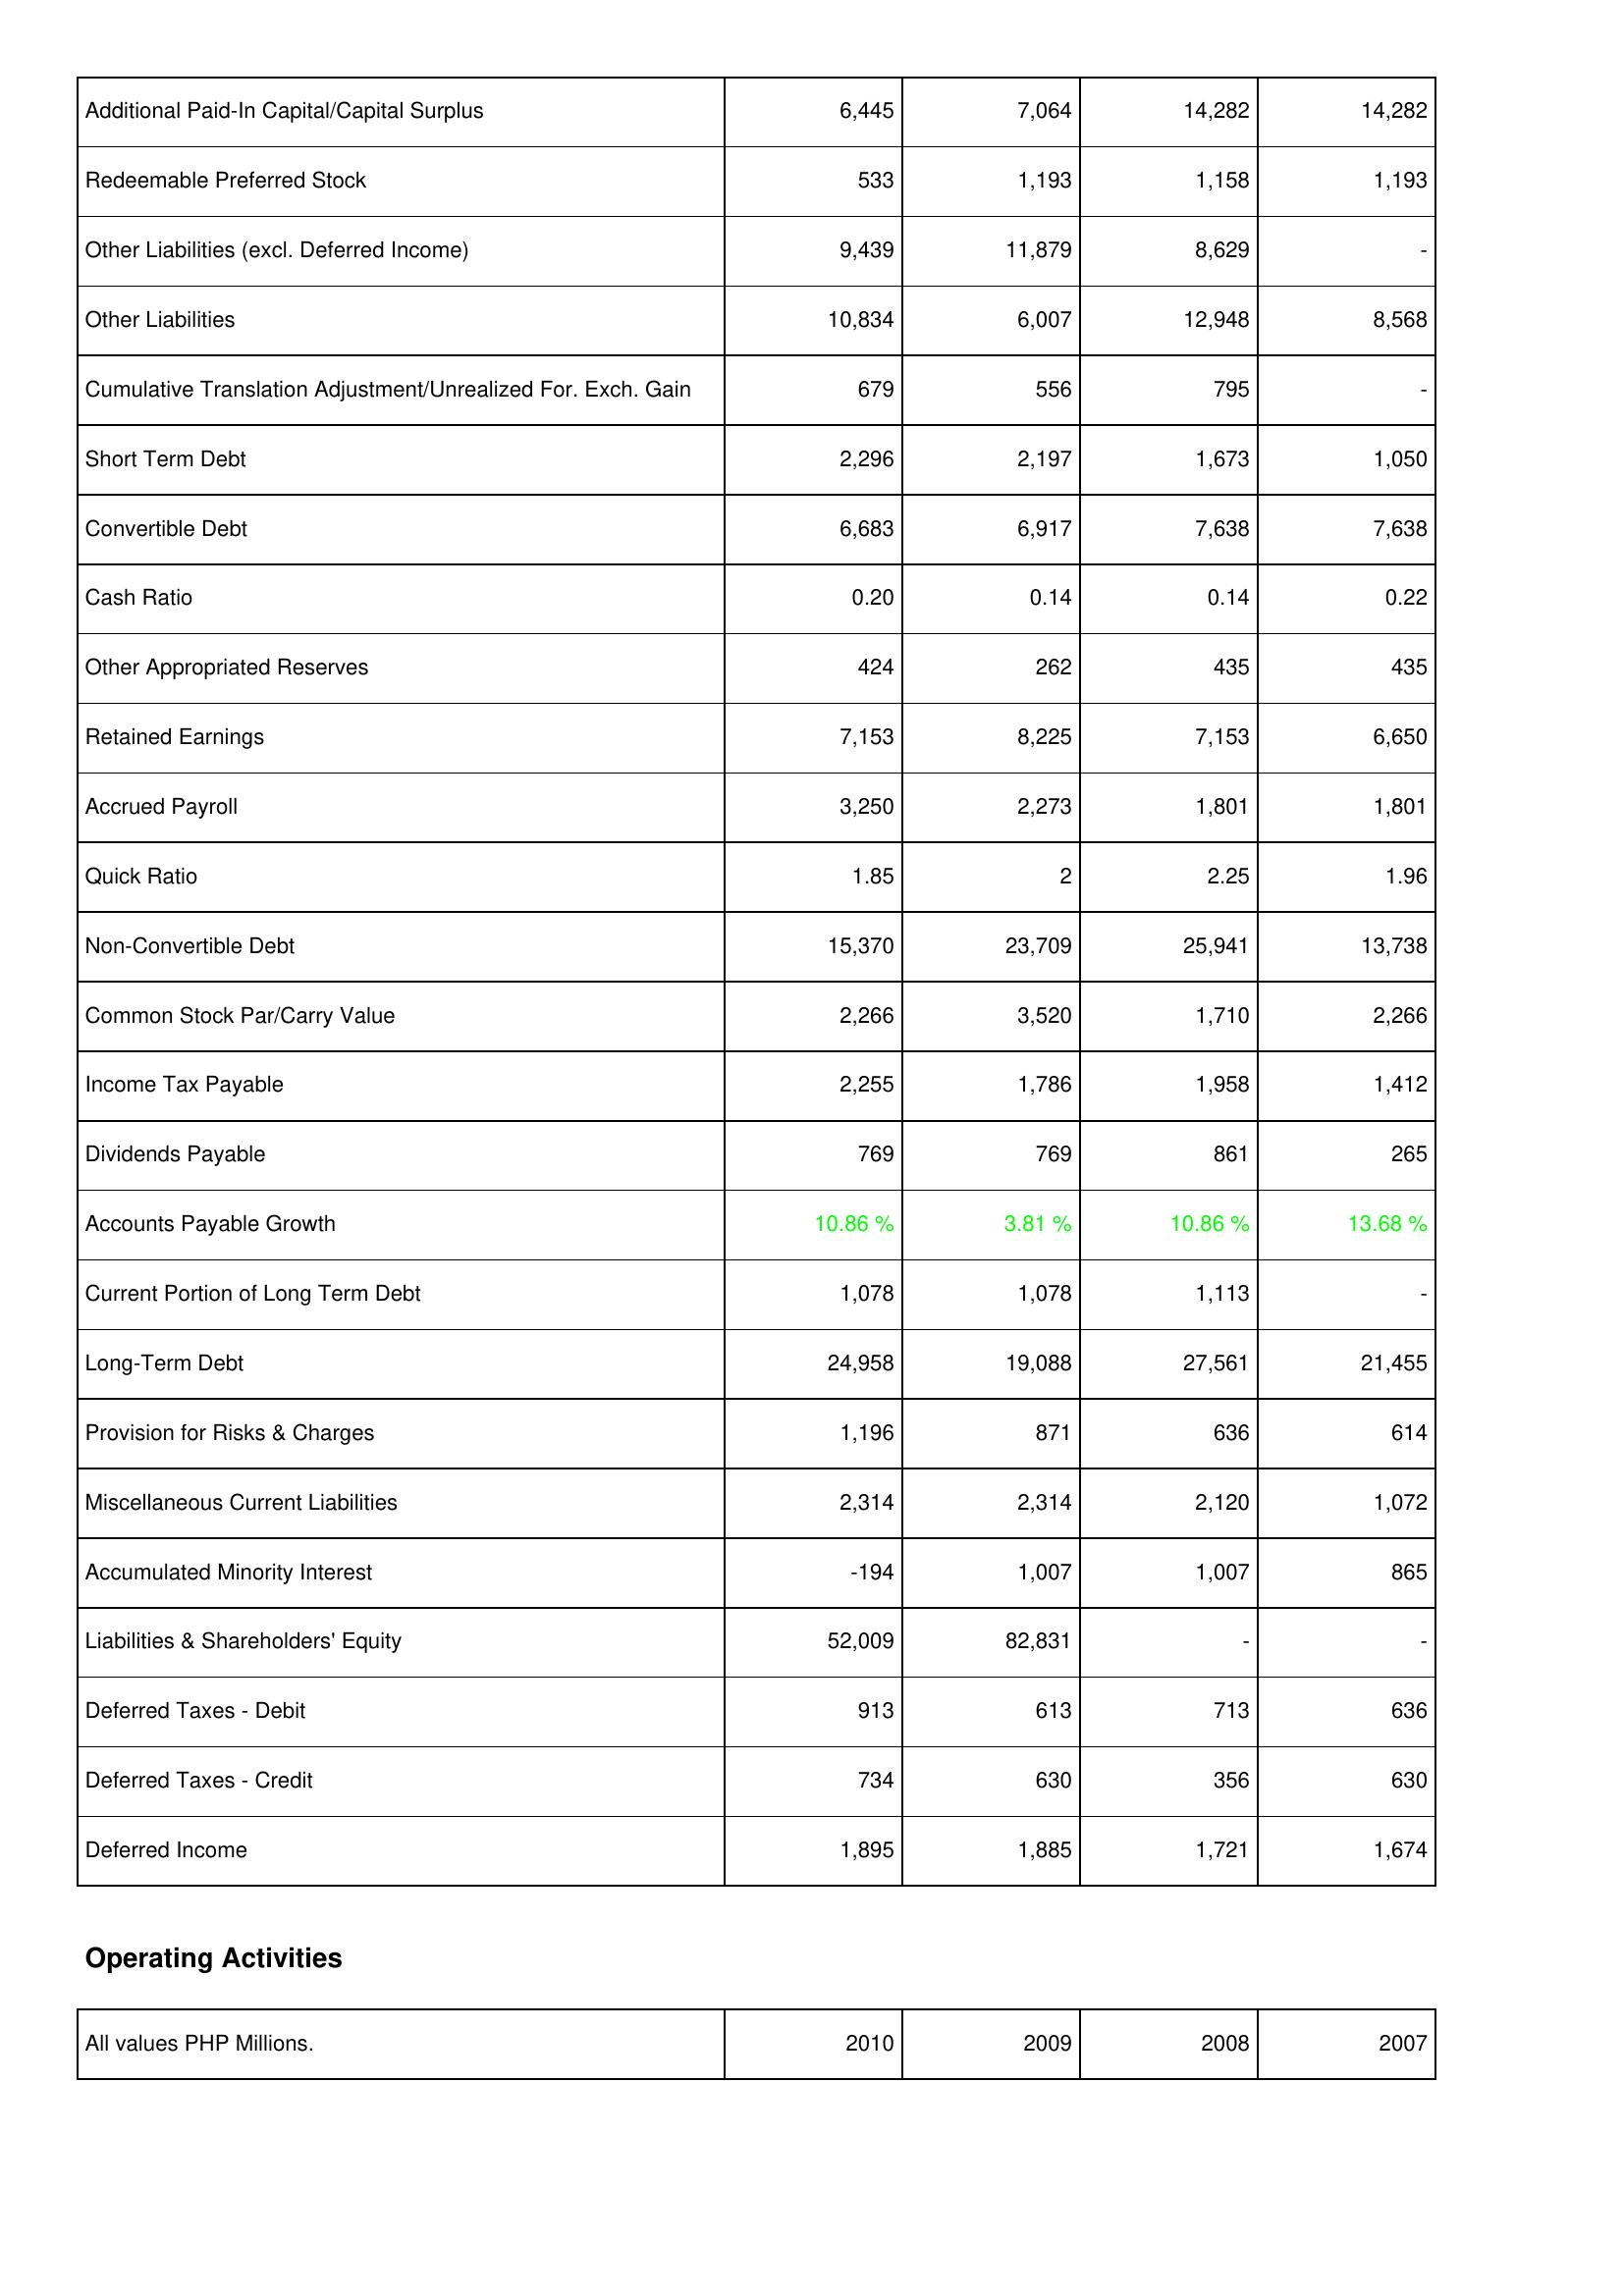
2010: Liabilities & Shareholders' Equity: Additional Paid-In Capital/Capital Surplus: 6,445
Redeemable Preferred Stock: 533
Other Liabilities (excl. Deferred Income): 9,439
Other Liabilities: 10,834
Cumulative Translation Adjustment/Unrealized For. Exch. Gain: 679
Short Term Debt: 2,296
Convertible Debt: 6,683
Cash Ratio: 0.20
Other Appropriated Reserves: 424
Retained Earnings: 7,153
Accrued Payroll: 3,250
Quick Ratio: 1.85
Non-Convertible Debt: 15,370
Common Stock Par/Carry Value: 2,266
Income Tax Payable: 2,255
Dividends Payable: 769
Accounts Payable Growth: 10.86 %
Current Portion of Long Term Debt: 1,078
Long-Term Debt: 24,958
Provision for Risks & Charges: 1,196
Miscellaneous Current Liabilities: 2,314
Accumulated Minority Interest: -194
Liabilities & Shareholders' Equity: 52,009
Deferred Taxes - Debit: 913
Deferred Taxes - Credit: 734
Deferred Income: 1,895
2009: Liabilities & Shareholders' Equity: Additional Paid-In Capital/Capital Surplus: 7,064
Redeemable Preferred Stock: 1,193
Other Liabilities (excl. Deferred Income): 11,879
Other Liabilities: 6,007
Cumulative Translation Adjustment/Unrealized For. Exch. Gain: 556
Short Term Debt: 2,197
Convertible Debt: 6,917
Cash Ratio: 0.14
Other Appropriated Reserves: 262
Retained Earnings: 8,225
Accrued Payroll: 2,273
Quick Ratio: 2
Non-Convertible Debt: 23,709
Common Stock Par/Carry Value: 3,520
Income Tax Payable: 1,786
Dividends Payable: 769
Accounts Payable Growth: 3.81 %
Current Portion of Long Term Debt: 1,078
Long-Term Debt: 19,088
Provision for Risks & Charges: 871
Miscellaneous Current Liabilities: 2,314
Accumulated Minority Interest: 1,007
Liabilities & Shareholders' Equity: 82,831
Deferred Taxes - Debit: 613
Deferred Taxes - Credit: 630
Deferred Income: 1,885
2008: Liabilities & Shareholders' Equity: Additional Paid-In Capital/Capital Surplus: 14,282
Redeemable Preferred Stock: 1,158
Other Liabilities (excl. Deferred Income): 8,629
Other Liabilities: 12,948
Cumulative Translation Adjustment/Unrealized For. Exch. Gain: 795
Short Term Debt: 1,673
Convertible Debt: 7,638
Cash Ratio: 0.14
Other Appropriated Reserves: 435
Retained Earnings: 7,153
Accrued Payroll: 1,801
Quick Ratio: 2.25
Non-Convertible Debt: 25,941
Common Stock Par/Carry Value: 1,710
Income Tax Payable: 1,958
Dividends Payable: 861
Accounts Payable Growth: 10.86 %
Current Portion of Long Term Debt: 1,113
Long-Term Debt: 27,561
Provision for Risks & Charges: 636
Miscellaneous Current Liabilities: 2,120
Accumulated Minority Interest: 1,007
Liabilities & Shareholders' Equity: -
Deferred Taxes - Debit: 713
Deferred Taxes - Credit: 356
Deferred Income: 1,721
2007: Liabilities & Shareholders' Equity: Additional Paid-In Capital/Capital Surplus: 14,282
Redeemable Preferred Stock: 1,193
Other Liabilities (excl. Deferred Income): -
Other Liabilities: 8,568
Cumulative Translation Adjustment/Unrealized For. Exch. Gain: -
Short Term Debt: 1,050
Convertible Debt: 7,638
Cash Ratio: 0.22
Other Appropriated Reserves: 435
Retained Earnings: 6,650
Accrued Payroll: 1,801
Quick Ratio: 1.96
Non-Convertible Debt: 13,738
Common Stock Par/Carry Value: 2,266
Income Tax Payable: 1,412
Dividends Payable: 265
Accounts Payable Growth: 13.68 %
Current Portion of Long Term Debt: -
Long-Term Debt: 21,455
Provision for Risks & Charges: 614
Miscellaneous Current Liabilities: 1,072
Accumulated Minority Interest: 865
Liabilities & Shareholders' Equity: -
Deferred Taxes - Debit: 636
Deferred Taxes - Credit: 630
Deferred Income: 1,674